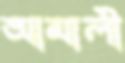
আমালী